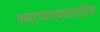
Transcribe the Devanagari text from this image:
कष्टकल्पनाश्रित